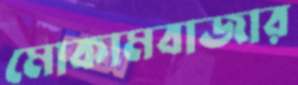
মোকামবাজার